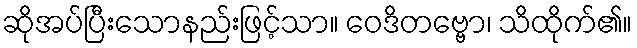
ဆိုအပ်ပြီးသောနည်းဖြင့်သာ။ ဝေဒိတဗ္ဗော၊ သိထိုက်၏။